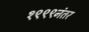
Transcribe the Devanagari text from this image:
१९९९नंतर